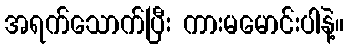
အရက်သောက်ပြီး ကားမမောင်းပါနဲ့။